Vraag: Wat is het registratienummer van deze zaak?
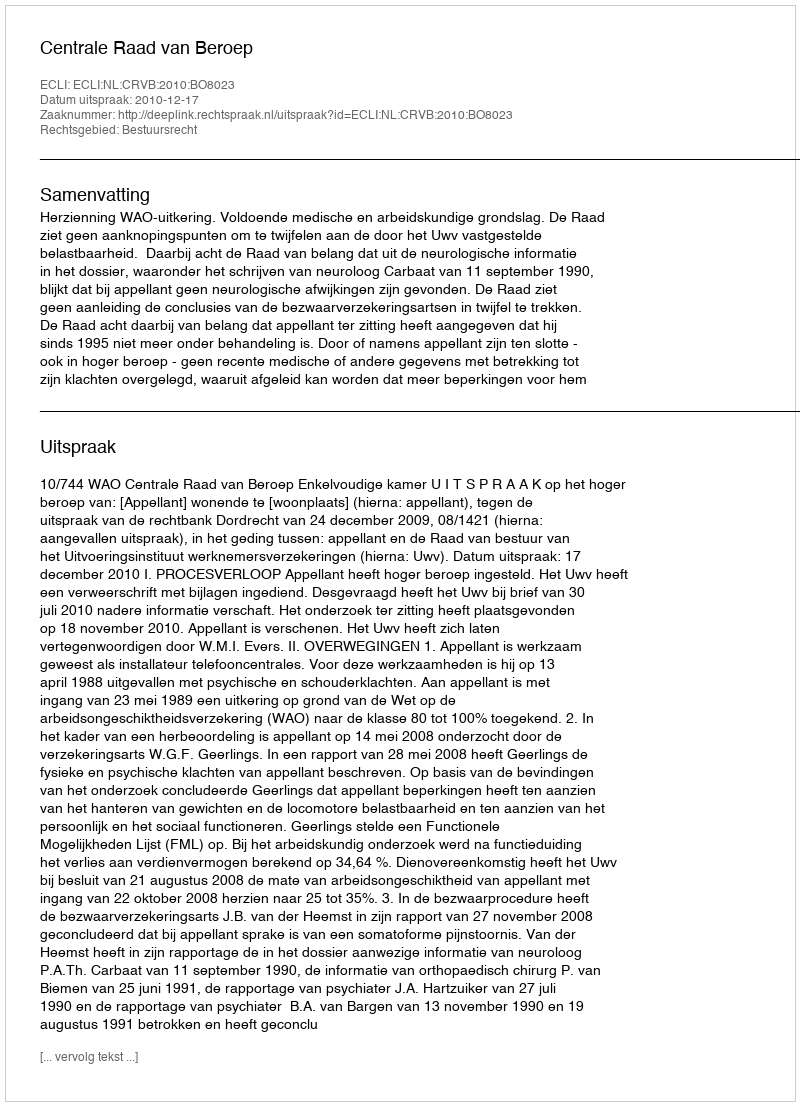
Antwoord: http://deeplink.rechtspraak.nl/uitspraak?id=ECLI:NL:CRVB:2010:BO8023